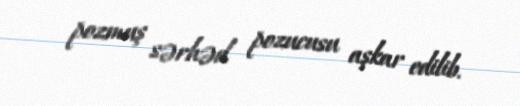
pozmuş sərhəd pozucusu aşkar edilib.